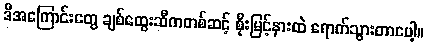
ဒီအကြောင်းတွေ ချစ်ထွေးဆီကတစ်ဆင့် စိုးမြင့်နားထဲ ရောက်သွားတာပေါ့။